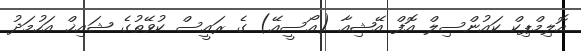
އޮލިމްޕިކް ކައުންސިލް އޮފް އޭޝިއާ (އޯސީއޭ) ގެ ރައީސް ކުވޭތުގެ ޝައިޚް އަހުމަދު